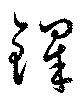
鐸